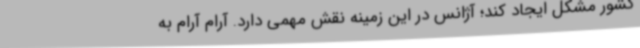
کشور مشکل ایجاد کند؛ آژانس در این زمینه نقش مهمی دارد. آرام آرام به